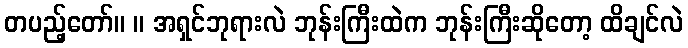
တပည့်တော်။ ။ အရှင်ဘုရားလဲ ဘုန်းကြီးထဲက ဘုန်းကြီးဆိုတော့ ထိချင်လဲ